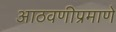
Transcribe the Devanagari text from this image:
आठवणीप्रमाणे